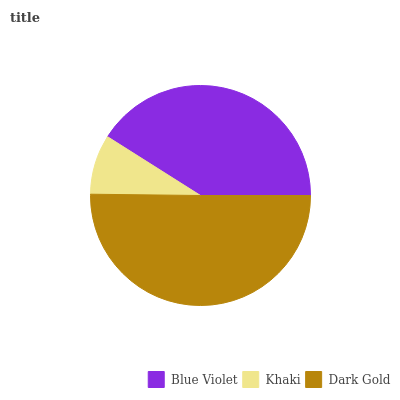
| Blue Violet | Khaki | Dark Gold |
 | --- | --- | --- |
 | 41.1% | 8.79% | 50.1% |